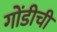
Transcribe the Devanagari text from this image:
गोंडीची